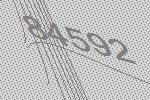
84592